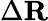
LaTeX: \Delta\mathbf{R}